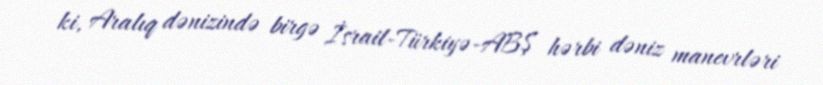
ki, Aralıq dənizində birgə İsrail-Türkiyə-ABŞ hərbi dəniz manevrləri